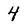
Character: 4